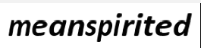
meanspirited